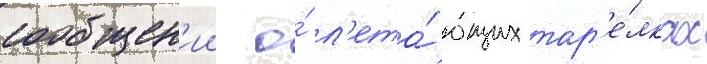
сообщен'ии о́ л'ета́ющих тар'е́лках